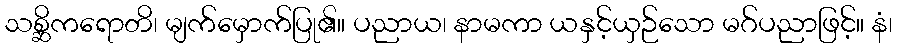
သစ္ဆိကရောတိ၊ မျက်မှောက်ပြု၏။ ပညာယ၊ နာမကာ ယနှင့်ယှဉ်သော မဂ်ပညာဖြင့်။ နံ၊